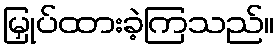
မြှုပ်ထားခဲ့ကြသည်။